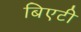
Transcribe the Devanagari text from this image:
बिएटी